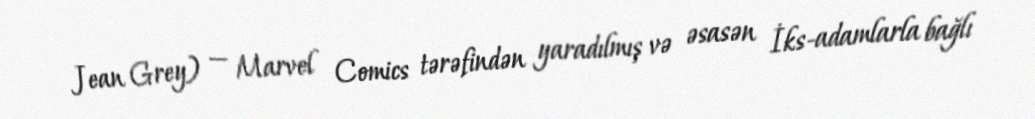
Jean Grey) — Marvel Comics tərəfindən yaradılmış və əsasən İks-adamlarla bağlı